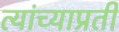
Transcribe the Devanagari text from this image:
त्यांच्याप्रती